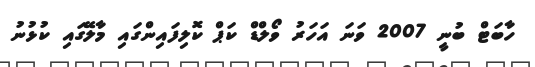
ހާބަޓް ބުނީ 2007 ވަނަ އަހަރު ވޯލްޑް ކަޕް ކޮލިފައިންގައި މާލޭގައި ކުޅުނު